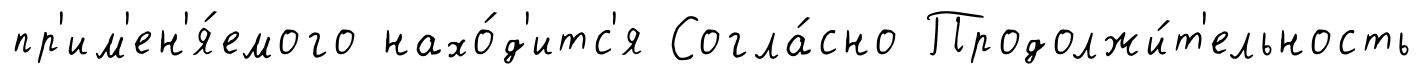
пр'им'ен'я́емого нахо́д'итс'я Согла́сно Продолжи́т'ельность